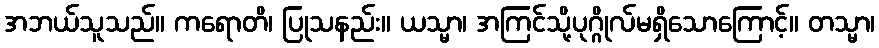
အဘယ်သူသည်။ ကရောတိ၊ ပြုသနည်း။ ယသ္မာ၊ အကြင်သို့ပုဂ္ဂိုလ်မရှိသောကြောင့်။ တသ္မာ၊